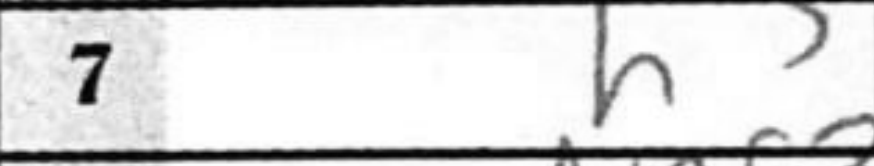
Transcription: h3